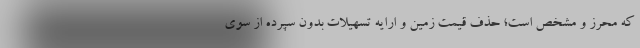
که محرز و مشخص است؛ حذف قیمت زمین و ارایه تسهیلات بدون سپرده از سوی